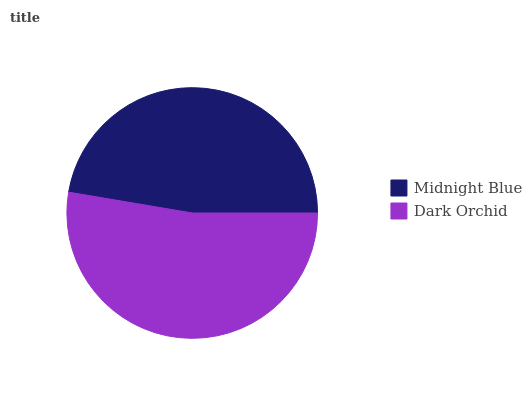
| Midnight Blue | Dark Orchid |
 | --- | --- |
 | 47.3% | 52.7% |